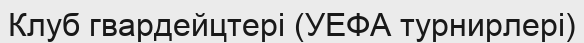
Клуб гвардейцтері (УЕФА турнирлері)